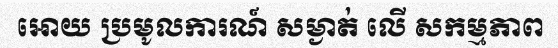
អោយ ប្រមូលការណ៍ សម្ងាត់ លើ សកម្មភាព